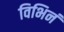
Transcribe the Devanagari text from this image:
विभिनं